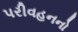
પરીવહનનો